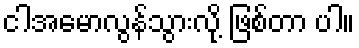
ငါအမောလွန်သွားလို့ ဖြစ်တာ ပါ။